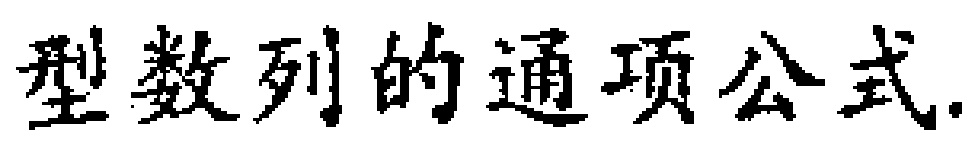
型数列的通项公式.